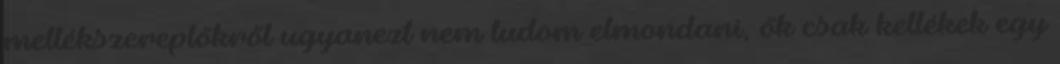
mellékszereplőkről ugyanezt nem tudom elmondani, ők csak kellékek egy